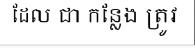
ដែល ជា កន្លែង ត្រូវ